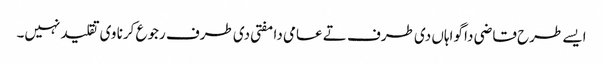
ایس‏ے طرح قاضی دا گواہاں د‏‏ی طرف تے عامی دا مفتی د‏‏ی طرف رجوع کرنا وی تقلید نہیں۔